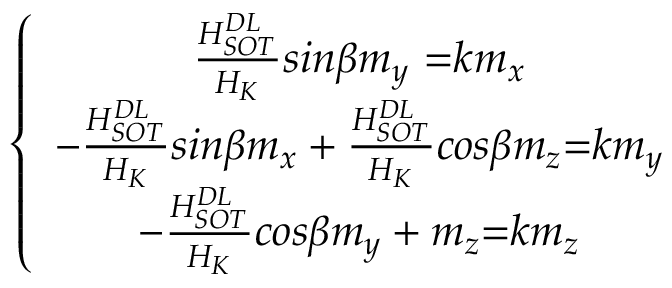
\left\{ \begin{array} { c } { \frac { H _ { S O T } ^ { D L } } { H _ { K } } { { s i n } \beta m _ { y } \ } { = } k m _ { x } } \\ { - \frac { H _ { S O T } ^ { D L } } { H _ { K } } { s i n } \beta m _ { x } + \frac { H _ { S O T } ^ { D L } } { H _ { K } } { c o s } \beta m _ { z } { = } k m _ { y } } \\ { - \frac { H _ { S O T } ^ { D L } } { H _ { K } } { c o s } \beta m _ { y } + m _ { z } { = } k m _ { z } } \end{array} \right.